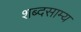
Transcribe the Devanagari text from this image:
शब्दसाम्य